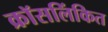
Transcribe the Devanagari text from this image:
क्रॉसलिंकित